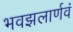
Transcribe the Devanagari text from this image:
भवझलार्णवं